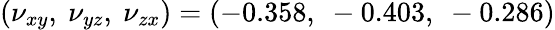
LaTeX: (\nu_{xy},~\nu_{yz},~\nu_{zx})=(-0.358,~-0.403,~-0.286)